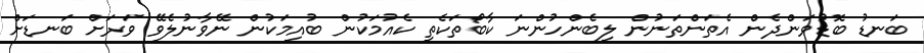
ބަނޑު ބޮޑުވަންދެން އެތަންތަނުން ލިބެންހުންނަ ކާބޯތަކެތި ކެއުމަކުން ބުއިމަކުން ނޭވާނުލެވޭ ވަރަށް ބަނޑަށް